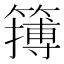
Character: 𥴮